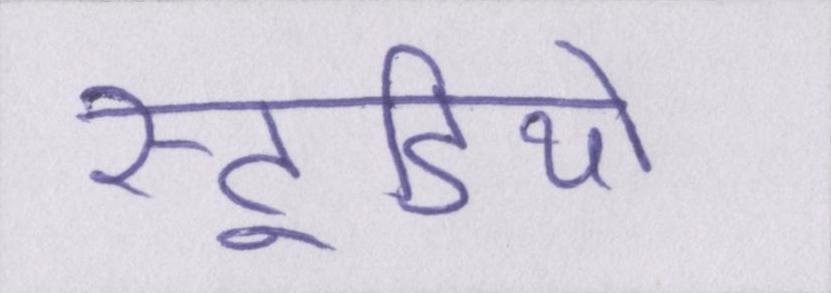
स्टूडियो